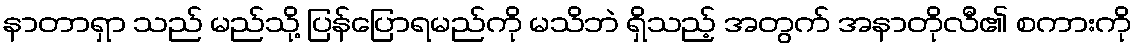
နာတာရှာ သည် မည်သို့ ပြန်ပြောရမည်ကို မသိဘဲ ရှိသည့် အတွက် အနာတိုလီ၏ စကားကို